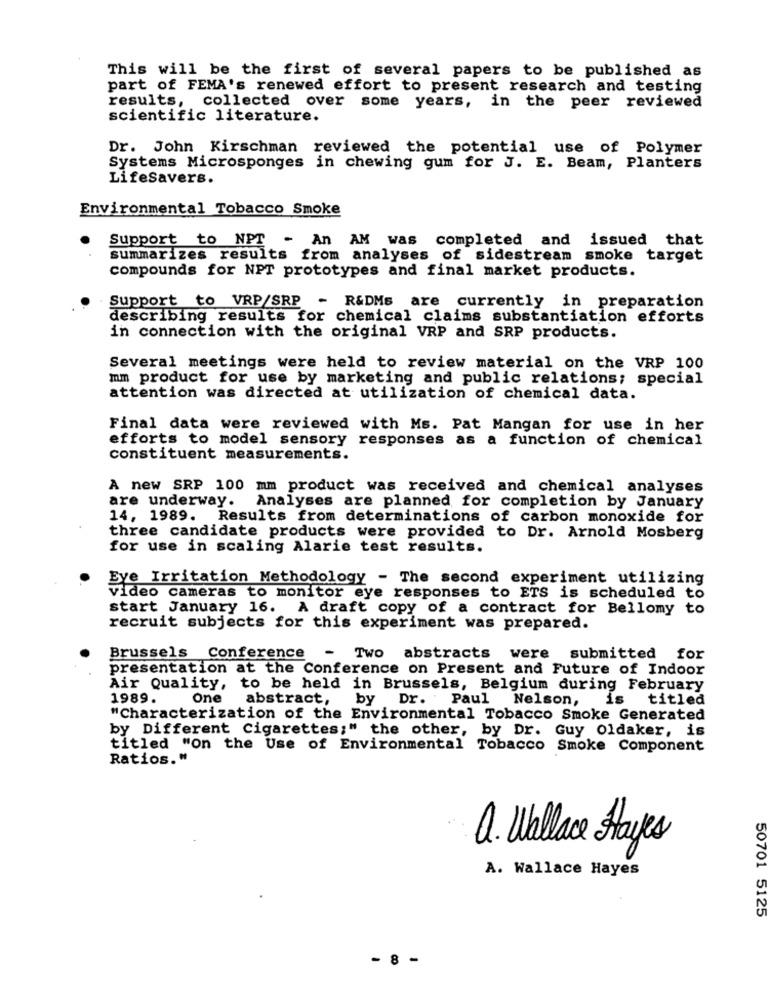
This will be the first of several papers to be published as
part of FEMA's renewed effort to present research and testing
results, collected over some years, in the peer reviewed
scientific literature.
Dr. John Kirschman reviewed the potential use of Polymer
Systems Microsponges in chewing gum for J. E. Beam, Planters
Lifesavers.
Environmental Tobacco Smoke
Support to NPT
- An AM was completed and issued that
summarizes results from analyses of sidestream smoke
target
compounds for NPT prototypes and final market products.
. Support to VRP/SRP
- R&DMs are currently in preparation
describing results for chemical claims substantiation efforts
in connection with the original VRP and SRP products.
Several meetings were held to review material on the VRP 100
mm product for use by marketing and public relations; special
attention was directed at utilization of chemical data.
Final data were reviewed with Ms. Pat Mangan for use in her
efforts to model sensory responses as a function of chemical
constituent measurements.
A new SRP 100 mm product was received and chemical analyses
are underway. Analyses are planned for completion by January
14, 1989. Results from determinations of carbon monoxide for
three candidate products were provided to Dr. Arnold Mosberg
for use in scaling Alarie test results.
Eve Irritation Methodology - The second experiment utilizing
video cameras to monitor eye responses to ETS is scheduled to
start January 16. A draft copy of a contract for Bellomy to
recruit subjects for this experiment was prepared.
Brussels Conference
Two abstracts were submitted for
presentation at the Conference on Present and Future of Indoor
Air Quality, to be held in Brussels, Belgium during February
1989.
One
abstract,
by Dr. Paul Nelson, is
titled
"Characterization of the Environmental Tobacco Smoke Generated
by Different Cigarettes;" the other, by Dr. Guy Oldaker, is
titled "on the Use of Environmental Tobacco Smoke Component
Ratios."
a. Wallace Hayes
A. Wallace Hayes
50701 5125
- 8 -